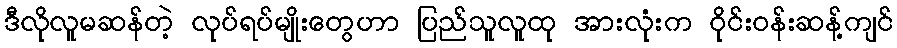
ဒီလိုလူမဆန်တဲ့ လုပ်ရပ်မျိုးတွေဟာ ပြည်သူလူထု အားလုံးက ဝိုင်းဝန်းဆန့်ကျင်